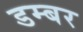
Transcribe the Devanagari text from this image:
डम्‍बर